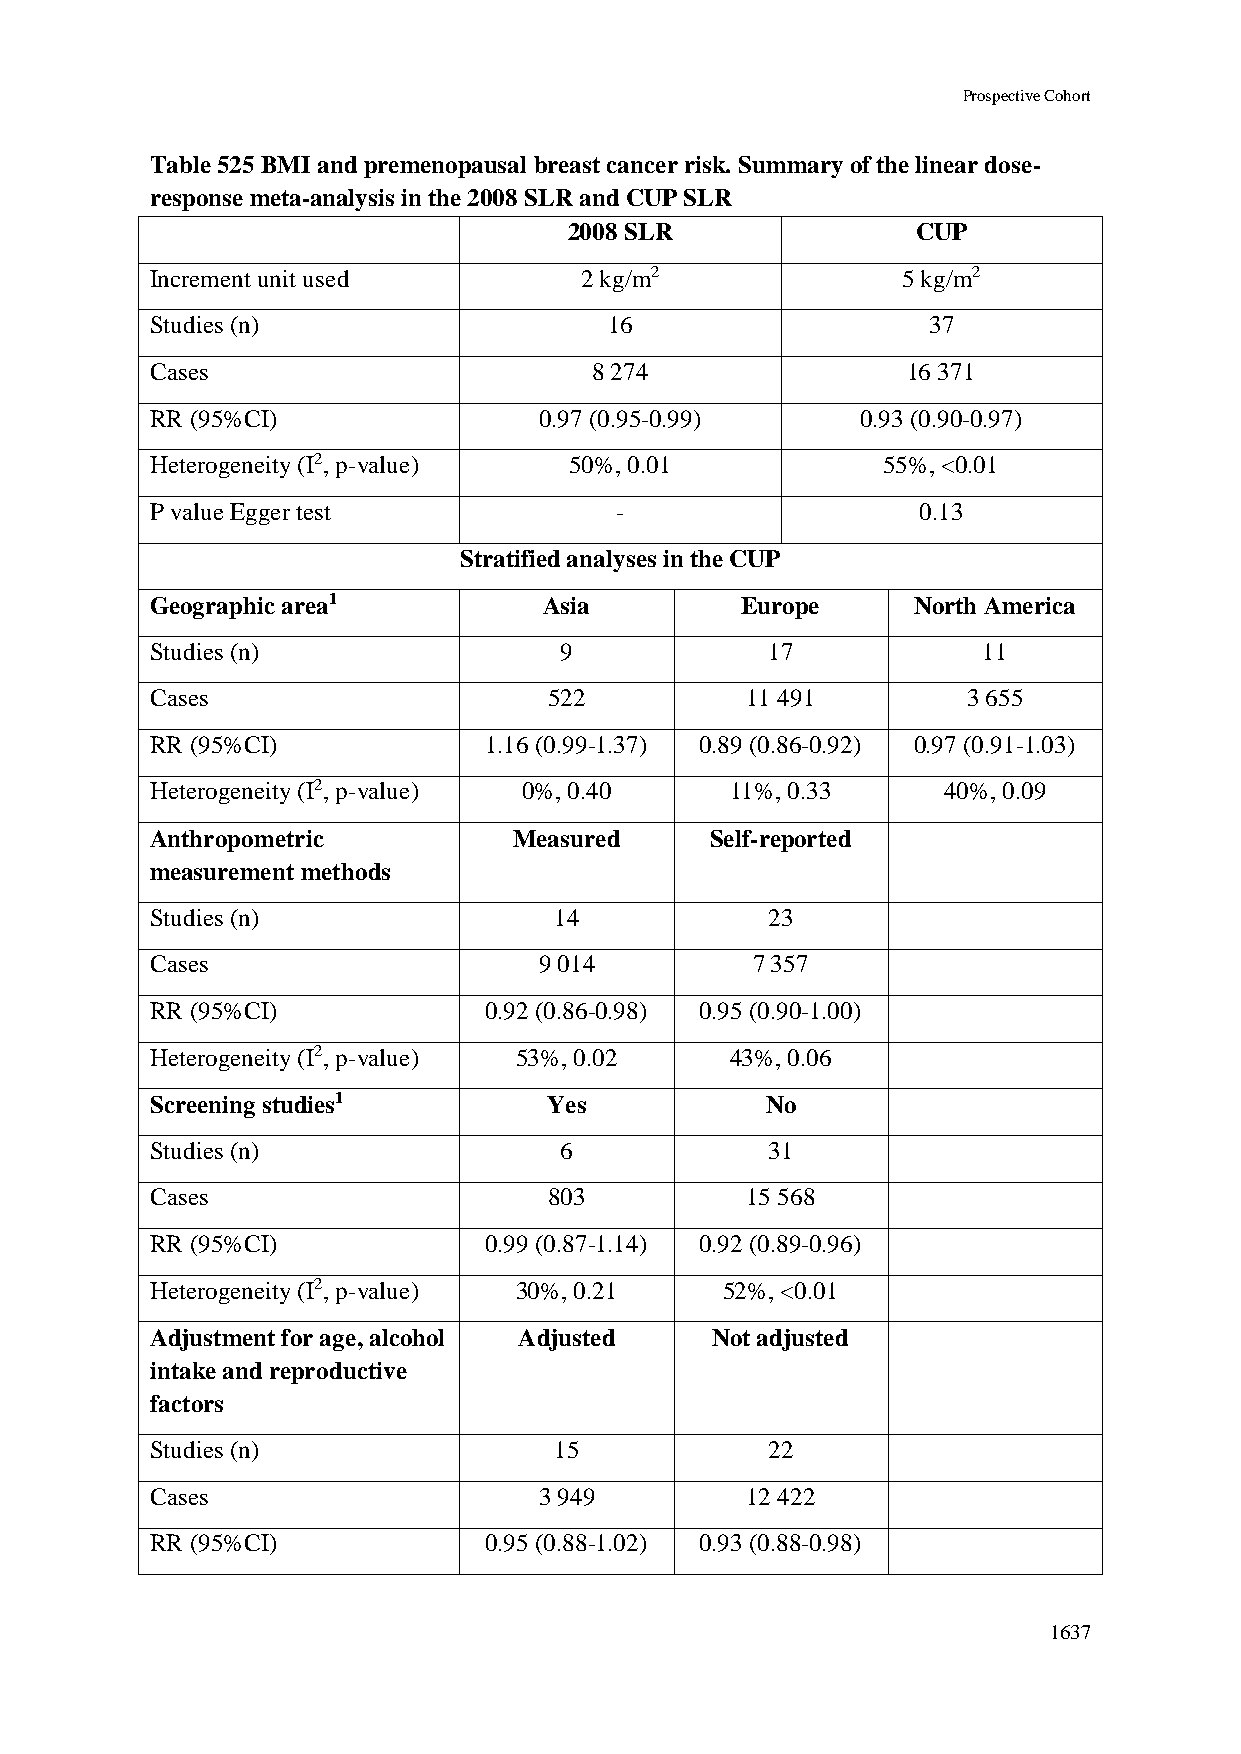
Prospective Cohort
 Table 525 BMI and premenopausal breast cancer risk. Summary of the linear dose-
 response meta-analysis in the 2008 SLR and CUP SLR
 2008 SLR               CUP
 Increment unit used         2 kg/m2               5 kg/m2
 Studies (n)                   16                   37
 Cases                        8 274                16 371
 RR (95%CI)                0.97 (0.95-0.99)     0.93 (0.90-0.97)
 Heterogeneity (I2, p-value) 50%, 0.01           55%, <0.01
 P value Egger test             -                   0.13
 Stratified analyses in the CUP
 Geographic area1          Asia         Europe     North America
 Studies (n)                9             17            11
 Cases                     522          11 491         3 655
 RR (95%CI)            1.16 (0.99-1.37) 0.89 (0.86-0.92) 0.97 (0.91-1.03)
 Heterogeneity (I2, p-value) 0%, 0.40  11%, 0.33     40%, 0.09
 Anthropometric          Measured     Self-reported
 measurement methods
 Studies (n)                14            23
 Cases                     9 014         7 357
 RR (95%CI)            0.92 (0.86-0.98) 0.95 (0.90-1.00)
 Heterogeneity (I2, p-value) 53%, 0.02 43%, 0.06
 Screening studies1        Yes            No
 Studies (n)                6             31
 Cases                     803          15 568
 RR (95%CI)            0.99 (0.87-1.14) 0.92 (0.89-0.96)
 Heterogeneity (I2, p-value) 30%, 0.21 52%, <0.01
 Adjustment for age, alcohol Adjusted Not adjusted
 intake and reproductive
 factors
 Studies (n)                15            22
 Cases                     3 949        12 422
 RR (95%CI)            0.95 (0.88-1.02) 0.93 (0.88-0.98)
 1637